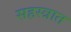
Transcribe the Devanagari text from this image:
सहस्त्रात